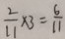
\frac { 2 } { 1 1 } \times 3 = \frac { 6 } { 1 1 }